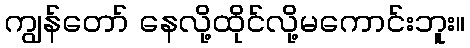
ကျွန်တော် နေလို့ထိုင်လို့မကောင်းဘူး။